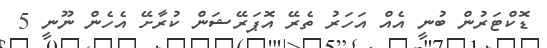
ޑޮކްޓަރުން ބުނީ އެއް އަހަރު ތެރޭ އޮޕަރޭޝަން ކުރާށޭ އެހެން ނޫނީ 5